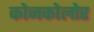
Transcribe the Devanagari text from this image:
कोनकोलोर